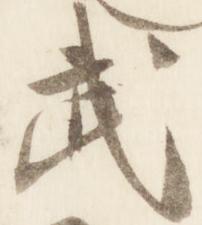
武